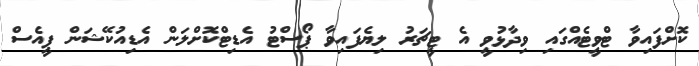
ކޮށްފައިވާ ޓްވީޓެއްގައި ވިދާޅުވީ އެ ޓީޗަރު ލިޔެފައިވާ ޕޯސްޓު އެޑިޓްކޮށްލަން އެޑިއުކޭޝަން ޕީއެސް